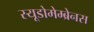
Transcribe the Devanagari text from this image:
स्यूडोमेम्ब्रेनस